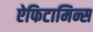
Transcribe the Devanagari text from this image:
ऐफिटामिन्स